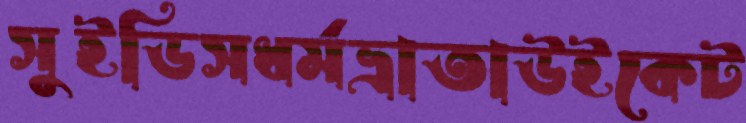
সুইডিসধর্মভ্রাতাউইকেট